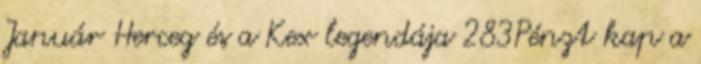
Január Herceg és a Kex legendája 283Pénzt kap a